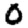
Digit: 0